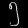
Digit: ၅